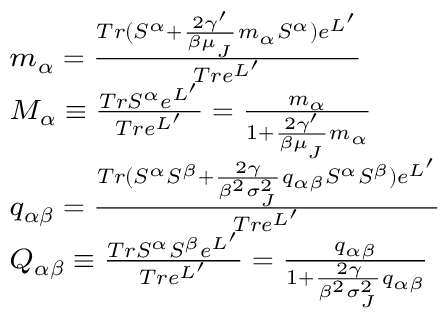
{ \footnotesize \begin{array} { r l } & { m _ { \alpha } = \frac { T r ( S ^ { \alpha } + \frac { 2 \gamma ^ { \prime } } { \beta \mu _ { _ { J } } } m _ { \alpha } S ^ { \alpha } ) e ^ { L ^ { \prime } } } { T r e ^ { L ^ { \prime } } } } \\ & { M _ { \alpha } \equiv \frac { T r S ^ { \alpha } e ^ { L ^ { \prime } } } { T r e ^ { L ^ { \prime } } } = \frac { m _ { \alpha } } { 1 + \frac { 2 \gamma ^ { \prime } } { \beta \mu _ { _ { J } } } m _ { \alpha } } } \\ & { q _ { \alpha \beta } = \frac { T r ( S ^ { \alpha } S ^ { \beta } + \frac { 2 \gamma } { \beta ^ { 2 } \sigma _ { _ { J } } ^ { 2 } } q _ { \alpha \beta } S ^ { \alpha } S ^ { \beta } ) e ^ { L ^ { \prime } } } { T r e ^ { L ^ { \prime } } } } \\ & { Q _ { \alpha \beta } \equiv \frac { T r S ^ { \alpha } S ^ { \beta } e ^ { L ^ { \prime } } } { T r e ^ { L ^ { \prime } } } = \frac { q _ { \alpha \beta } } { 1 + \frac { 2 \gamma } { \beta ^ { 2 } \sigma _ { _ { J } } ^ { 2 } } q _ { \alpha \beta } } } \end{array} }